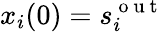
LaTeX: x_{i}(0)=s_{i}^{\mathrm{~o~u~t~}}